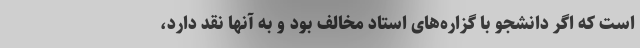
است که اگر دانشجو با گزاره‌های استاد مخالف بود و به آنها نقد دارد،